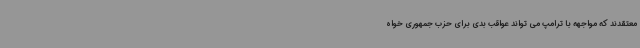
معتقدند که مواجهه با ترامپ می تواند عواقب بدی برای حزب جمهوری خواه